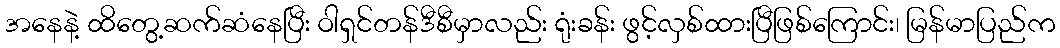
အနေနဲ့ ထိတွေ့ဆက်ဆံနေပြီး ဝါရှင်တန်ဒီစီမှာလည်း ရုံးခန်း ဖွင့်လှစ်ထားပြီဖြစ်ကြောင်း၊ မြန်မာပြည်က